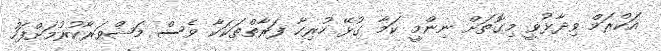
އަކްރަމް ވިދާޅުވީ މިގޮތަށް ނިންމީ ކަމާ ގުޅޭ ހުރިހާ ފަރާތްތަކަކާ ވެސް މަޝްވަރާކުރުމަށްފަހު